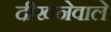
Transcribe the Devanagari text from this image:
दीखनेवाले